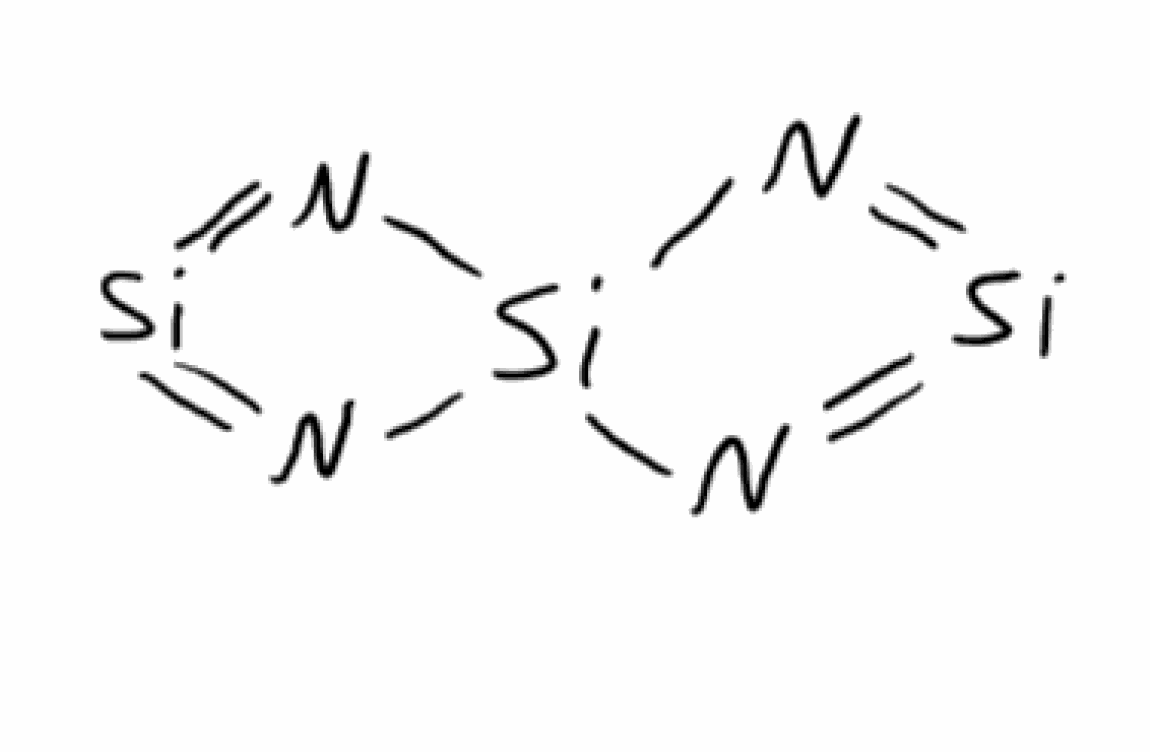
Simplified molecular-input line-entry system (SMILES) notation of the given molecule:
N1=[Si]=N[Si]12N=[Si]=N2